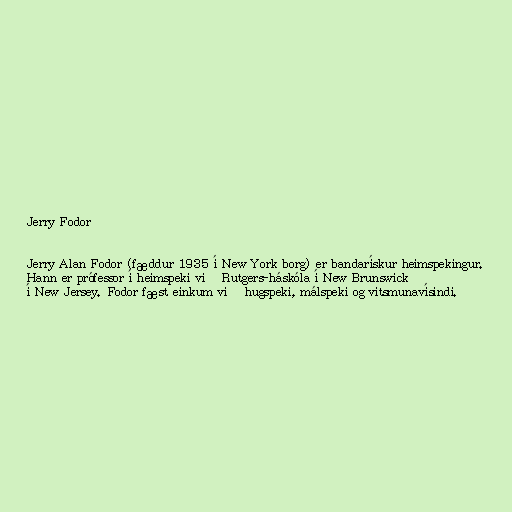
Jerry Fodor

Jerry Alan Fodor (fæddur 1935 í New York borg) er bandarískur heimspekingur.
Hann er prófessor í heimspeki við Rutgers-háskóla í New Brunswick
í New Jersey. Fodor fæst einkum við hugspeki, málspeki og vitsmunavísindi.